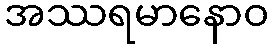
အဿရမာနောဝ